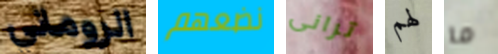
الروماني نضعهم ترانى لهم ما